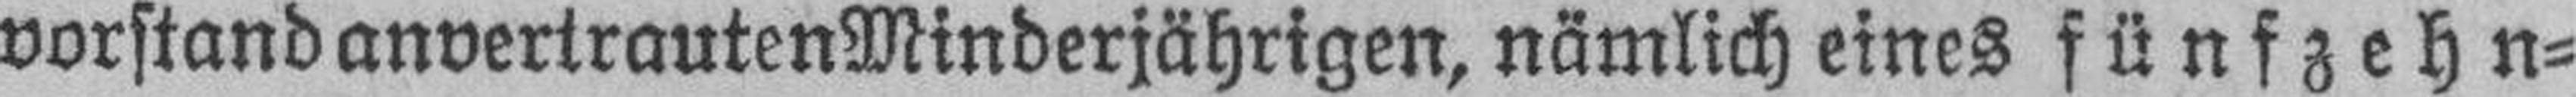
vorstand anvertrauten Minderjährigen, nämlich eines fünfzehn¬